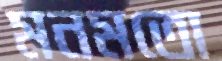
মনমতো